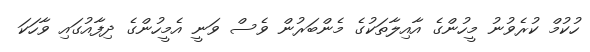
ހުކުމް ކުރެވުނު މީހުންގެ އާއިލާތަކުގެ މެންބަރުން ވެސް ވަނީ އެމީހުންގެ ދިފާއުގައި ވާހަކަ